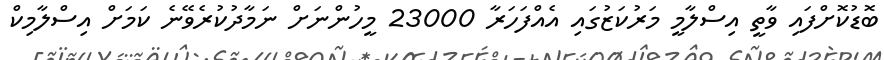
ބޮޑުކޮށްފައި ވާތީ އިސްލާމީ މަރުކަޒުގައި އެއްފަހަރާ 23000 މީހުންނަށް ނަމާދުކުރެވޭނެ ކަމަށް އިސްލާމިކް